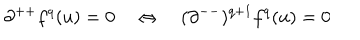
LaTeX: \partial ^ { + + } f ^ { q } ( u ) = 0 \quad \Leftrightarrow \quad ( \partial ^ { -- } ) ^ { q + 1 } f ^ { q } ( u ) = 0